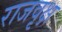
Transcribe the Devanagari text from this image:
राजवृक्ष